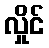
လှိုင်